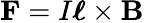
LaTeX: \mathbf{F}=I{\boldsymbol{\ell}}\times\mathbf{B}\,